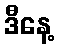
ဒီနေ့